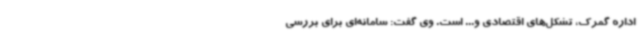
اداره گمرک، تشکل‌های اقتصادی و... است. وی گفت: سامانه‌ای برای بررسی